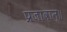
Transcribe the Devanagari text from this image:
प्रजावान्॥